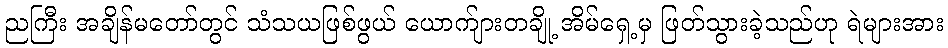
ညကြီး အချိန်မတော်တွင် သံသယဖြစ်ဖွယ် ယောက်ျားတချို့ အိမ်ရှေ့မှ ဖြတ်သွားခဲ့သည်ဟု ရဲများအား